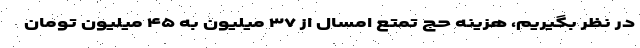
در نظر بگیریم، هزینه حج تمتع امسال از ۳۷ میلیون به ۴۵ میلیون تومان